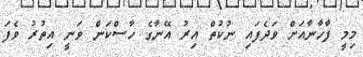
މިމީ ފާޚާނާއަށް ވަދެފައި ނުކުތް އިރު އޭނާގެ ހާސްކަން ވަނީ އިތުރު ވެފަ